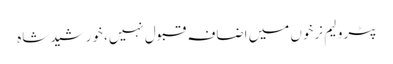
پٹرولیم نرخوں میں اضافہ قبول نہیں، خورشید شاہ